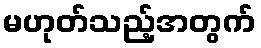
မဟုတ်သည့်အတွက်